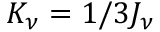
K _ { \nu } = 1 / 3 J _ { \nu }